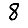
Digit: 8